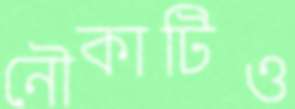
নৌকাটিও